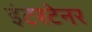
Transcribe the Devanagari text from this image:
इंटरटेनर